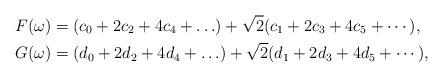
LaTeX: \begin{align*} F(\omega) & = (c_0+2c_2+4c_4+\ldots ) + \sqrt{2}(c_1+2c_3+4c_5+\cdots),\\G(\omega) & = (d_0+2d_2+4d_4+\ldots ) + \sqrt{2}(d_1+2d_3+4d_5+\cdots),\end{align*}